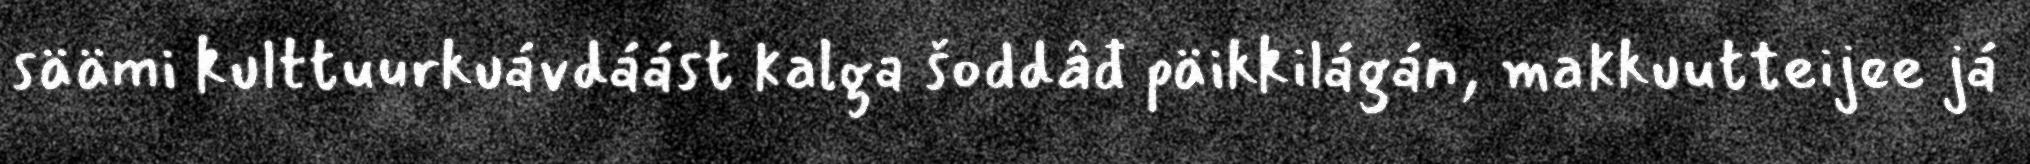
säämi kulttuurkuávdáást kalga šoddâđ päikkilágán, makkuutteijee já